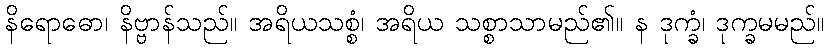
နိရောဓော၊ နိဗ္ဗာန်သည်။ အရိယသစ္စံ၊ အရိယ သစ္စာသာမည်၏။ န ဒုက္ခံ၊ ဒုက္ခမမည်။